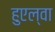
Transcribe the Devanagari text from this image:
हुएल्वा